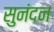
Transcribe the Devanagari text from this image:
सुनंदन